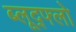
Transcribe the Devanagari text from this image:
ब्लूद्फ्लो